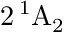
2 \, \mathrm { ^ 1 A _ { 2 } }